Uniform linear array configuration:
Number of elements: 64
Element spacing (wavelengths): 0.5
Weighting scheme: blackman
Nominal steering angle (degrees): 45
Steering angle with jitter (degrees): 43.234
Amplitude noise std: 0.05
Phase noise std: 0.05

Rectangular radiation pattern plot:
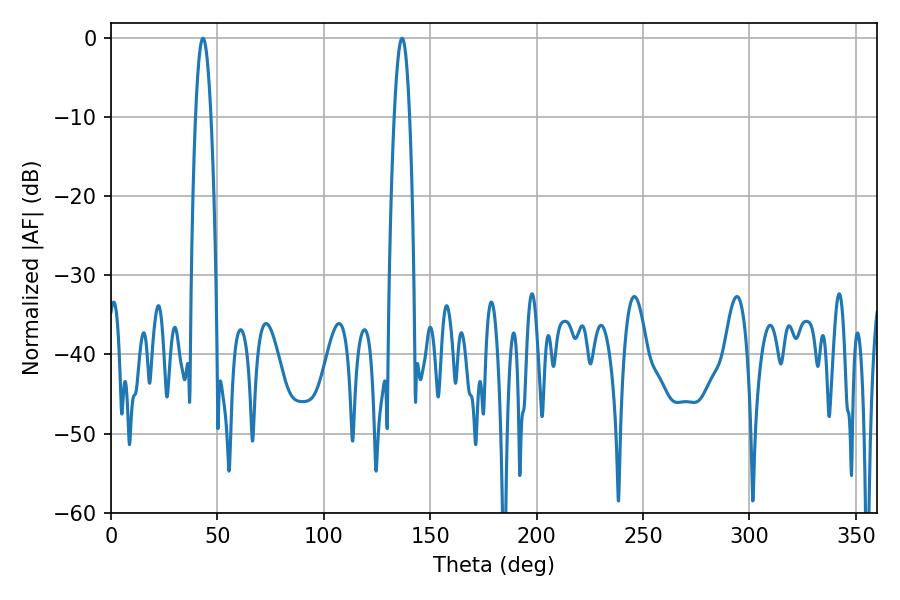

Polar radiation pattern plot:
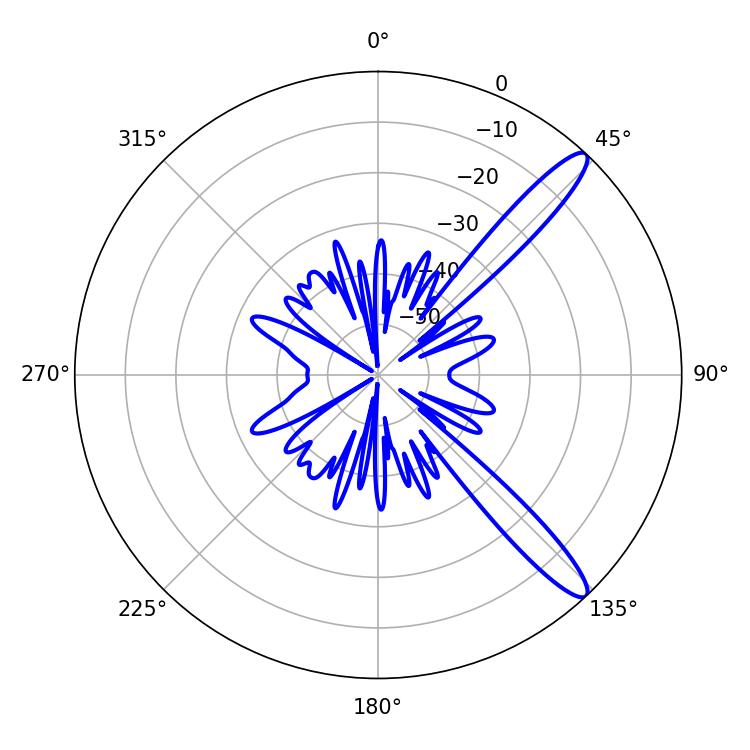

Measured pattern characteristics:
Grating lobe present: FALSE
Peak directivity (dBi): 12.883
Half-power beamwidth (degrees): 3.96
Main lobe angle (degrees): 43.2